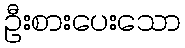
ဦးစားပေးသော